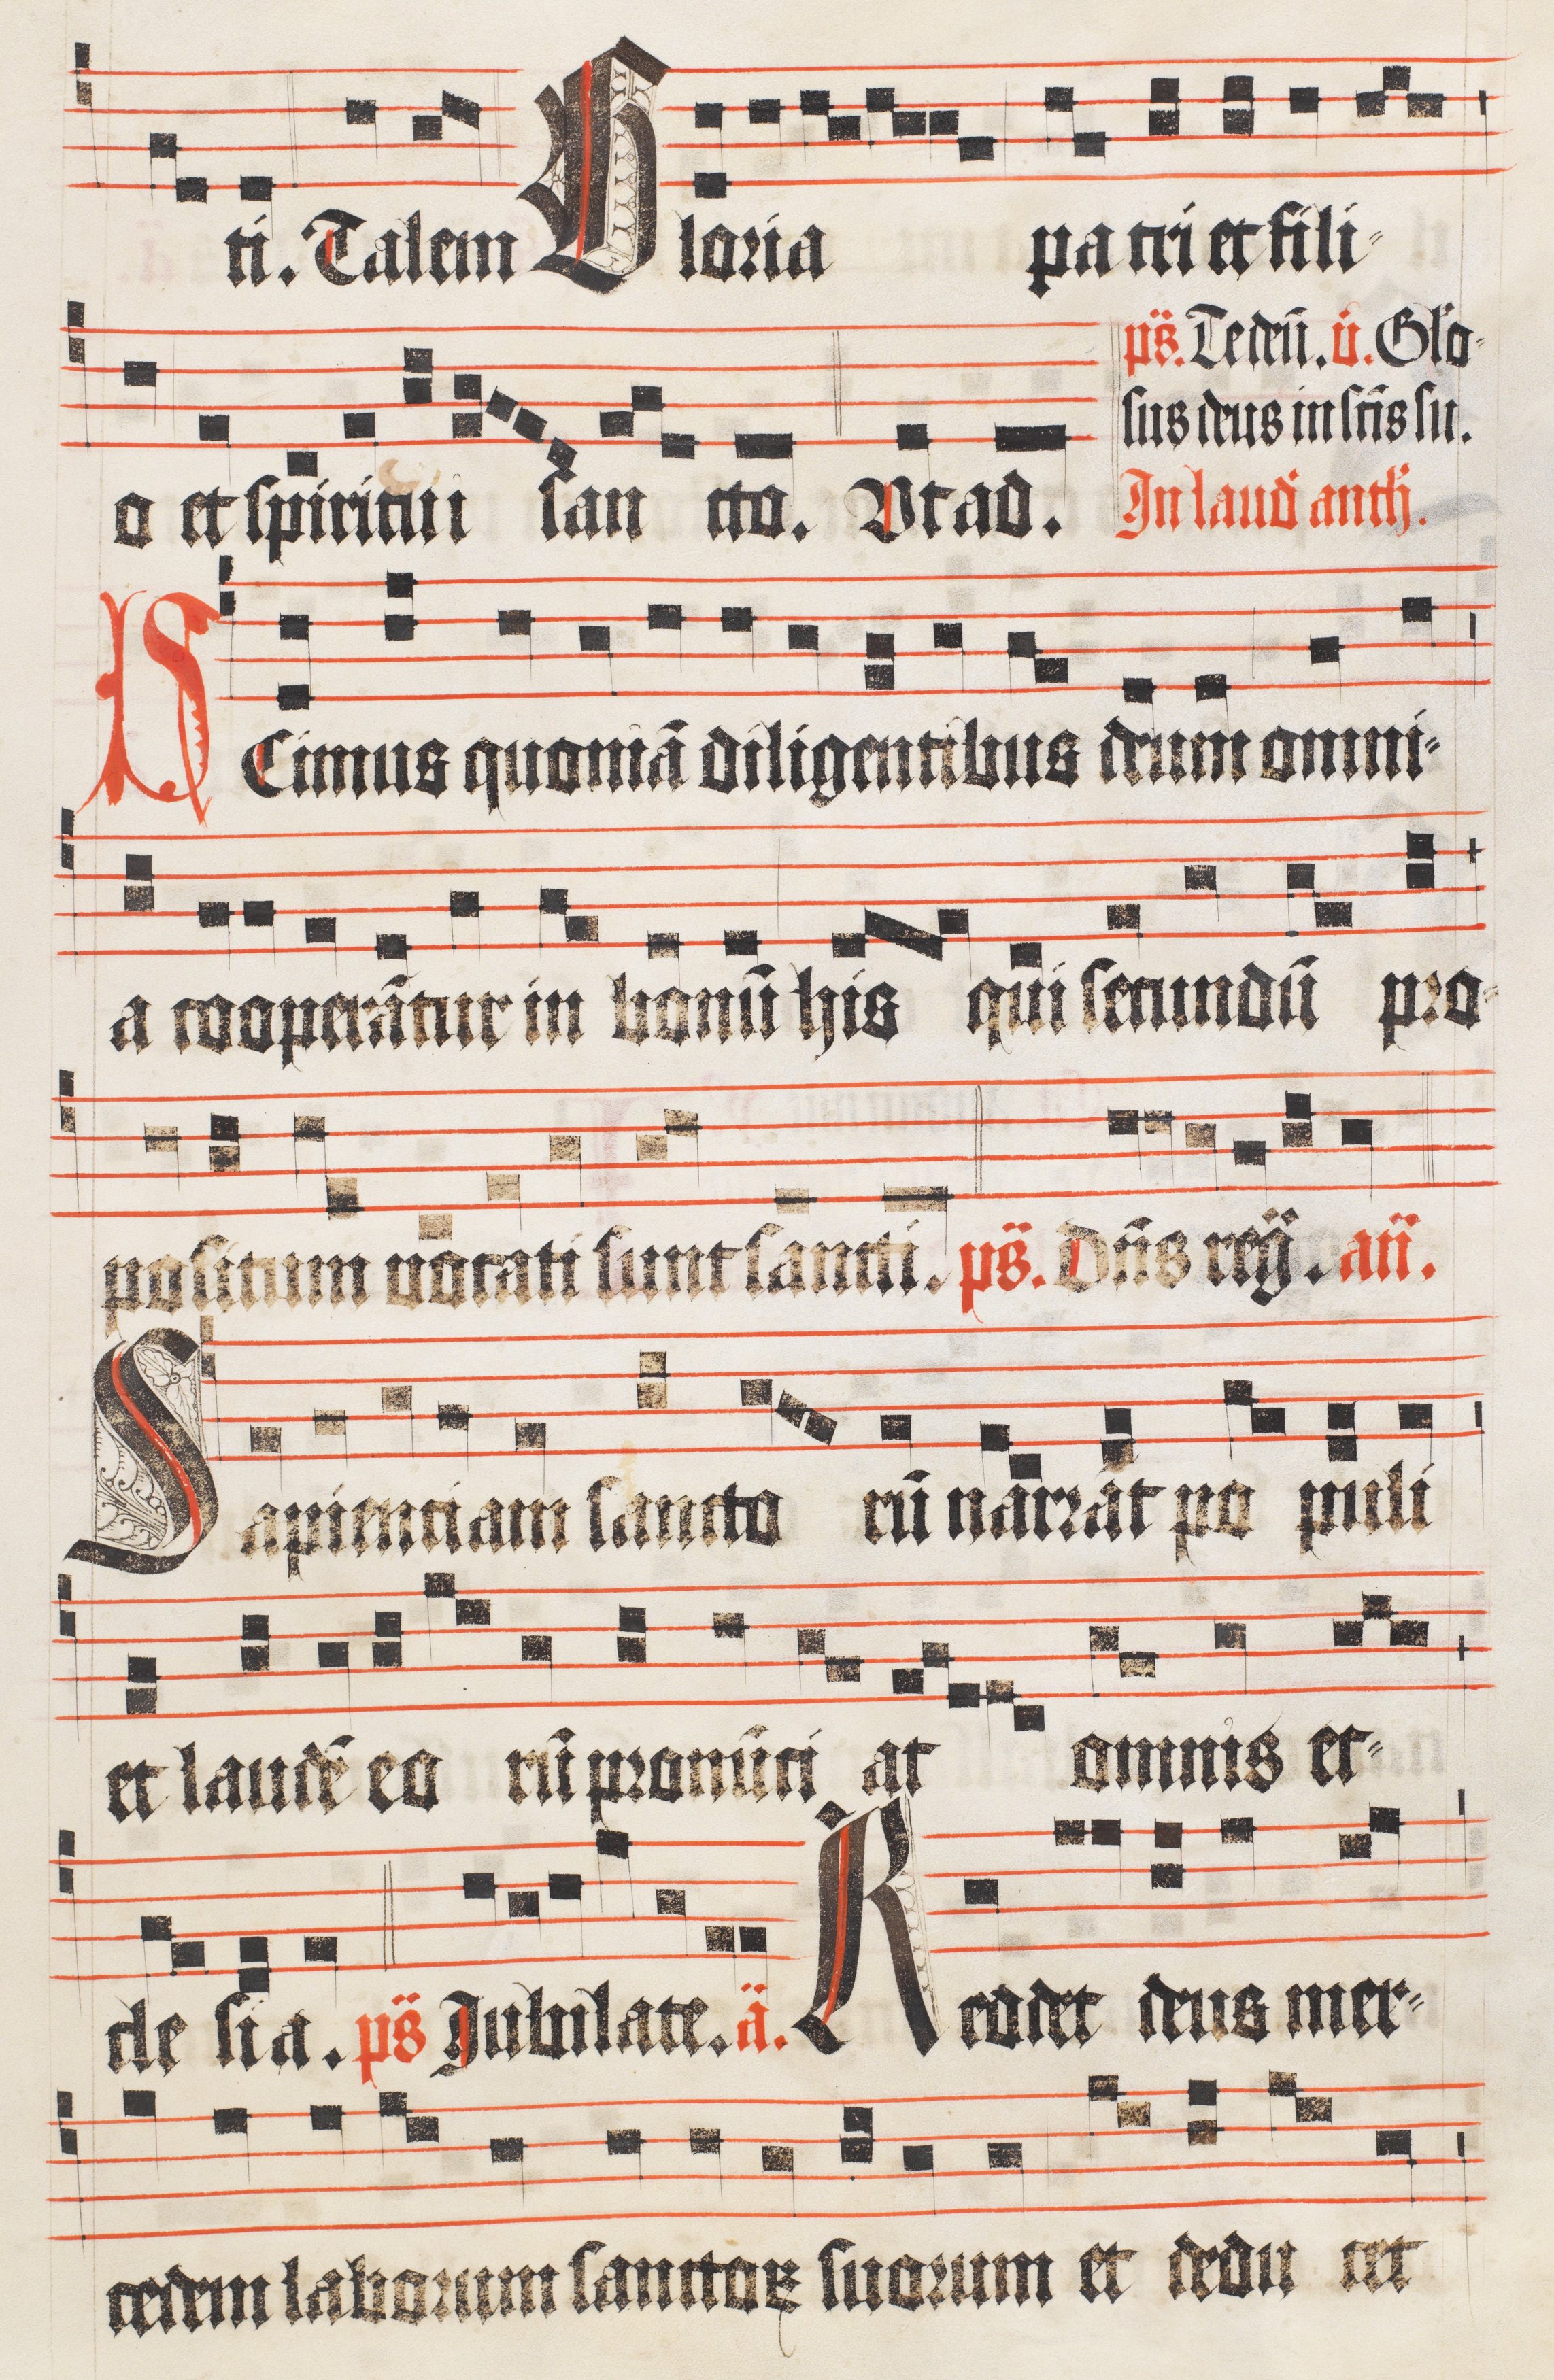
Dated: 1510–1517